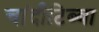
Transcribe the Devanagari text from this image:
चांदीटिब्बा